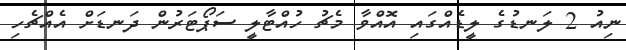
ނިއު 2 ލަނޑުގެ ލީޑެއްގައި އޮއްވާ މެޗު ހުއްޓާލީ ސަޕޯޓަރުން ދަނޑަށް އެއްޗެހި